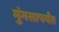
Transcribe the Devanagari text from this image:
मुंगसापर्यंत